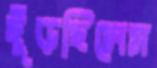
ছুঁড়ছিলেম